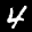
Label: 4